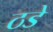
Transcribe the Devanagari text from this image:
ठडे